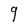
Character: g